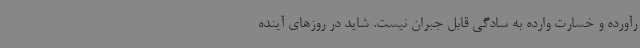
رآورده و خسارت وارده به سادگی قابل جبران نیست. شاید در روزهای آینده